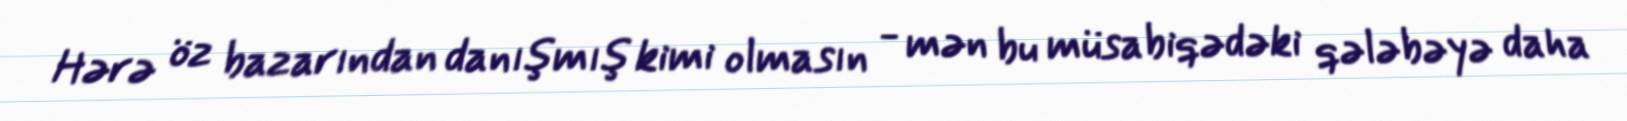
Hərə öz bazarından danışmış kimi olmasın - mən bu müsabiqədəki qələbəyə daha